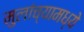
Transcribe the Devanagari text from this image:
मुलांच्यामध्ये